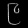
Digit: ၉